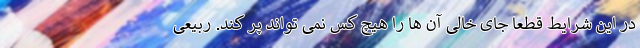
در این شرایط قطعا جای خالی آن ها را هیچ کس نمی تواند پر کند. ربیعی